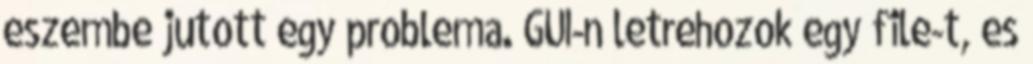
eszembe jutott egy problema. GUI-n letrehozok egy file-t, es